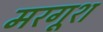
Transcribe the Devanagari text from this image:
मरगूश